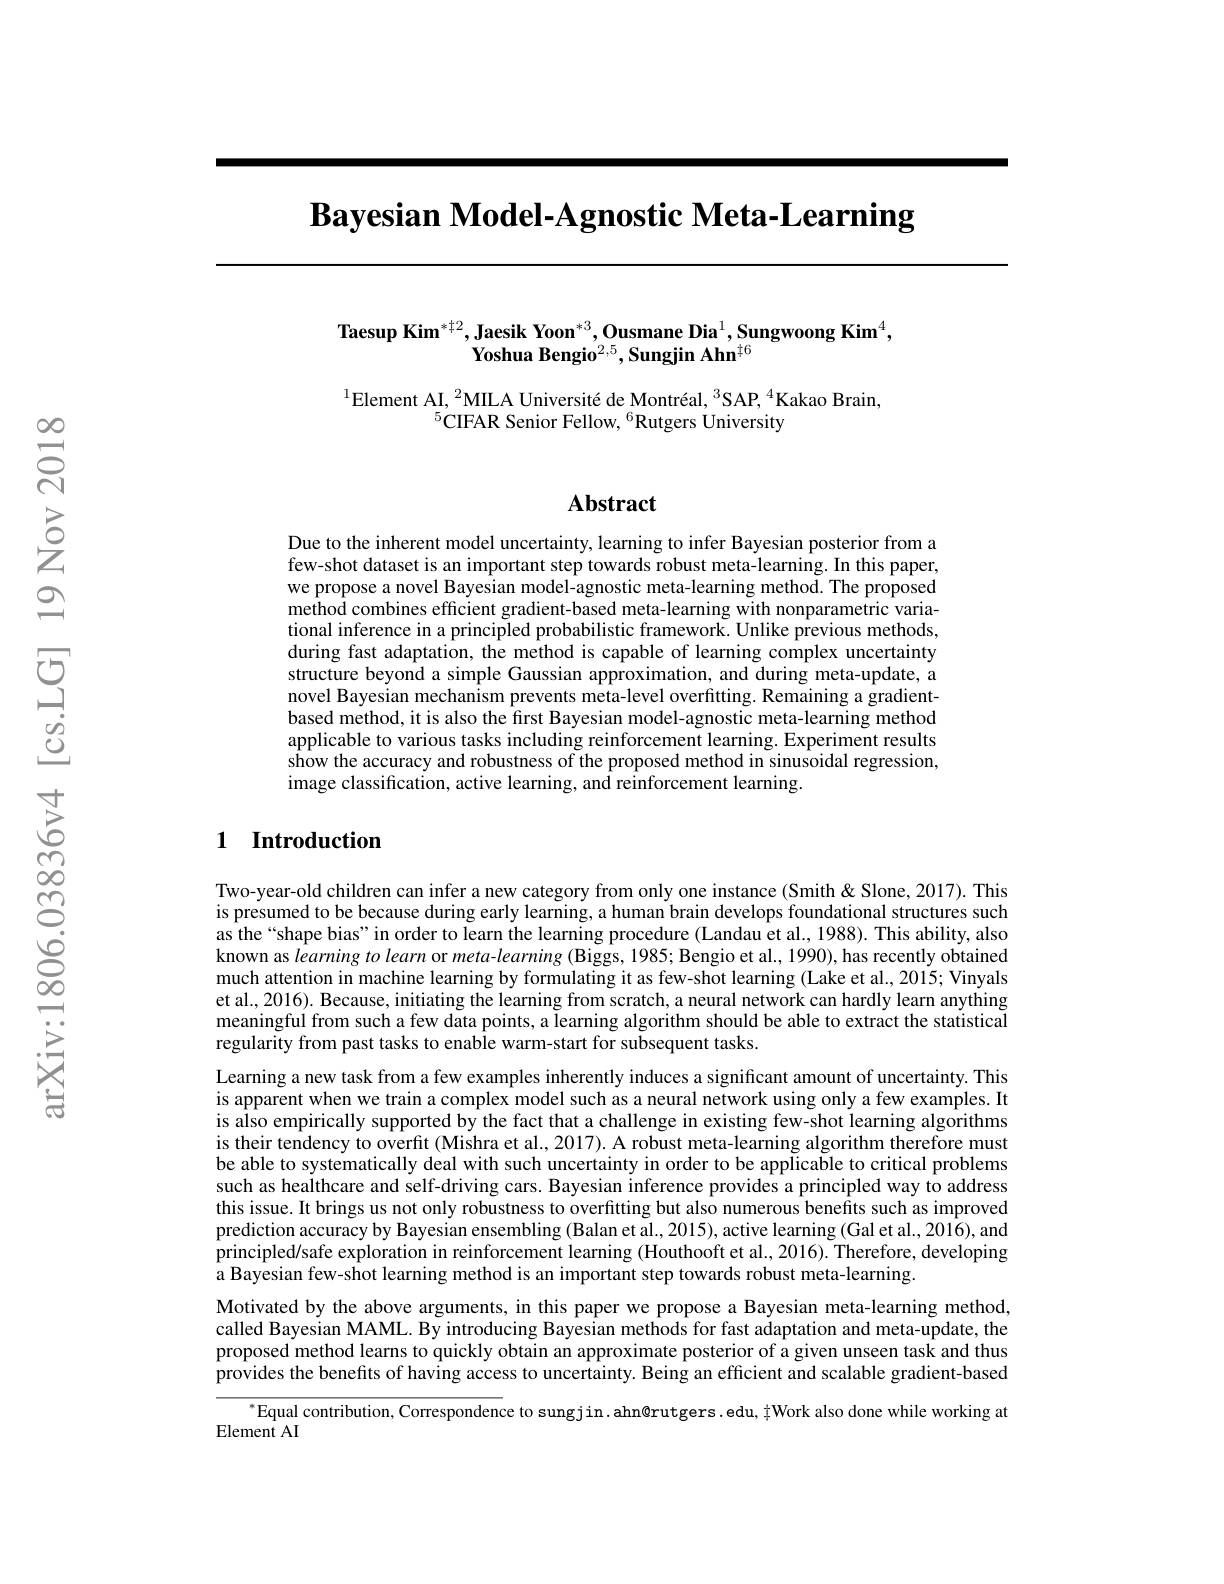
$\textbf{Bayesian Model- Agnostic Meta- Learning}$

Taesup Kim$^*\dagger2,\textbf{Jaesik Yoon}^{*3},\textbf{Ousmane Dia}^1,\textbf{Sungwoong Kim}^4$,
${\bar{\mathbf{Y}}}$oshua Bengio$^2,5,\textbf{Sungjin Ahn}^{\dagger6}$

$^{1}$Element AI,$^2$MILA Université de Montréal,$^3$SAP,$^4$Kakao Brain,
$^{5}$CIFAR Senior Fellow, $^6$Rutgers University

$હ્રિં$

## $\mathbf{Abstract}$

Due to the inherent model uncertainty, learning to infer Bayesian posterior from a few-shot dataset is an important step towards robust meta-learning. In this paper, we propose a novel Bayesian model-agnostic meta-learning method. The proposed method combines efficient gradient-based meta-learning with nonparametric variational inference in a principled probabilistic framework. Unlike previous methods, during fast adaptation, the method is capable of learning complex uncertainty structure beyond a simple Gaussian approximation, and during meta-update, a novel Bayesian mechanism prevents meta-level overfitting. Remaining a gradientbased method, it is also the first Bayesian model-agnostic meta-learning method applicable to various tasks including reinforcement learning. Experiment results show the accuracy and robustness of the proposed method in sinusoidal regression, image classification, active learning, and reinforcement learning.

## 1 Introduction

Two-year-old children can infer a new category from only one instance (Smith&Slone, 2017). This is presumed to be because during early learning, a human brain develops foundational structures such as the “shape bias” in order to learn the learning procedure (Landau et al., 1988). This ability, also known as learning to learn or meta-learning (Biggs, 1985; Bengio et al., 1990), has recently obtained much attention in machine learning by formulating it as few-shot learning (Lake et al., 2015; Vinyals et al., 2016). Because, initiating the learning from scratch, a neural network can hardly learn anything meaningful from such a few data points, a learning algorithm should be able to extract the statistical regularity from past tasks to enable warm-start for subsequent tasks.
Learning a new task from a few examples inherently induces a significant amount of uncertainty. This is apparent when we train a complex model such as a neural network using only a few examples. It is also empirically supported by the fact that a challenge in existing few-shot learning algorithms is their tendency to overfit (Mishra et al., 2017). A robust meta-learning algorithm therefore must be able to systematically deal with such uncertainty in order to be applicable to critical problems such as healthcare and self-driving cars. Bayesian inference provides a principled way to address this issue. It brings us not only robustness to overfitting but also numerous benefits such as improved prediction accuracy by Bayesian ensembling (Balan et al., 2015), active learning (Gal et al., 2016), and principled/safe exploration in reinforcement learning (Houthooft et al., 2016). Therefore, developing a Bayesian few-shot learning method is an important step towards robust meta-learning.
Motivated by the above arguments, in this paper we propose a Bayesian meta-learning method, called Bayesian MAML. By introducing Bayesian methods for fast adaptation and meta-update, the proposed method learns to quickly obtain an approximate posterior of a given unseen task and thus provides the benefits of having access to uncertainty. Being an efficient and scalable gradient-based
$^{*}$Equal contribution, Correspondence to sungjin. ahn@rutgers .edu, $\frac{\dagger}{4}$Work also done while working at

Element AI